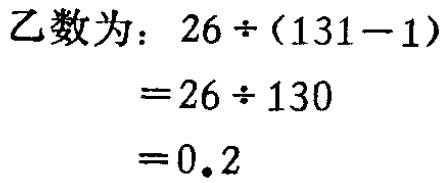
乙数为：

\[

\begin{align*}

&26\div(131 - 1)\\

=&26\div130\\

=&0.2

\end{align*}

\]